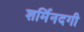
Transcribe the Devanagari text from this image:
शर्मिनदगी